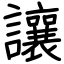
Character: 讓